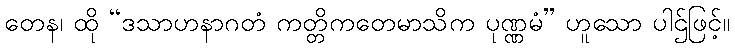
တေန၊ ထို “ဒသာဟနာဂတံ ကတ္တိကတေမာသိက ပုဏ္ဏမံ” ဟူသော ပါဌ်ဖြင့်။